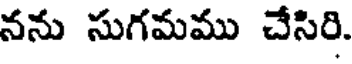
నను సుగమము చేసిరి.